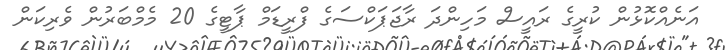
އަނެއްކޮޅުން ކުރީގެ ރައީސް މަހިންދަ ރާޖަޕަކްސަގެ ފްރީޑަމް ޕާޓީގެ 20 މެމްބަރުން ވެރިކަން